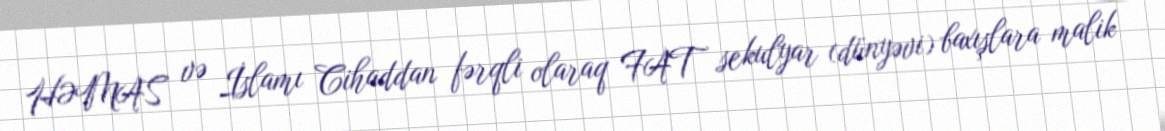
HƏMAS və İslamı Cihaddan fərqli olaraq FAT sekulyar (dünyəvi) baxışlara malik